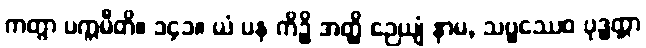
ကတွာ ပက္ကမီတိ။ ၁၄၁။ ယံ ပန ကိဉ္စိ အတ္ထိ ဉေယျံ နာမ, သဗ္ဗဿေဝ ဗုဒ္ဓတ္တာ